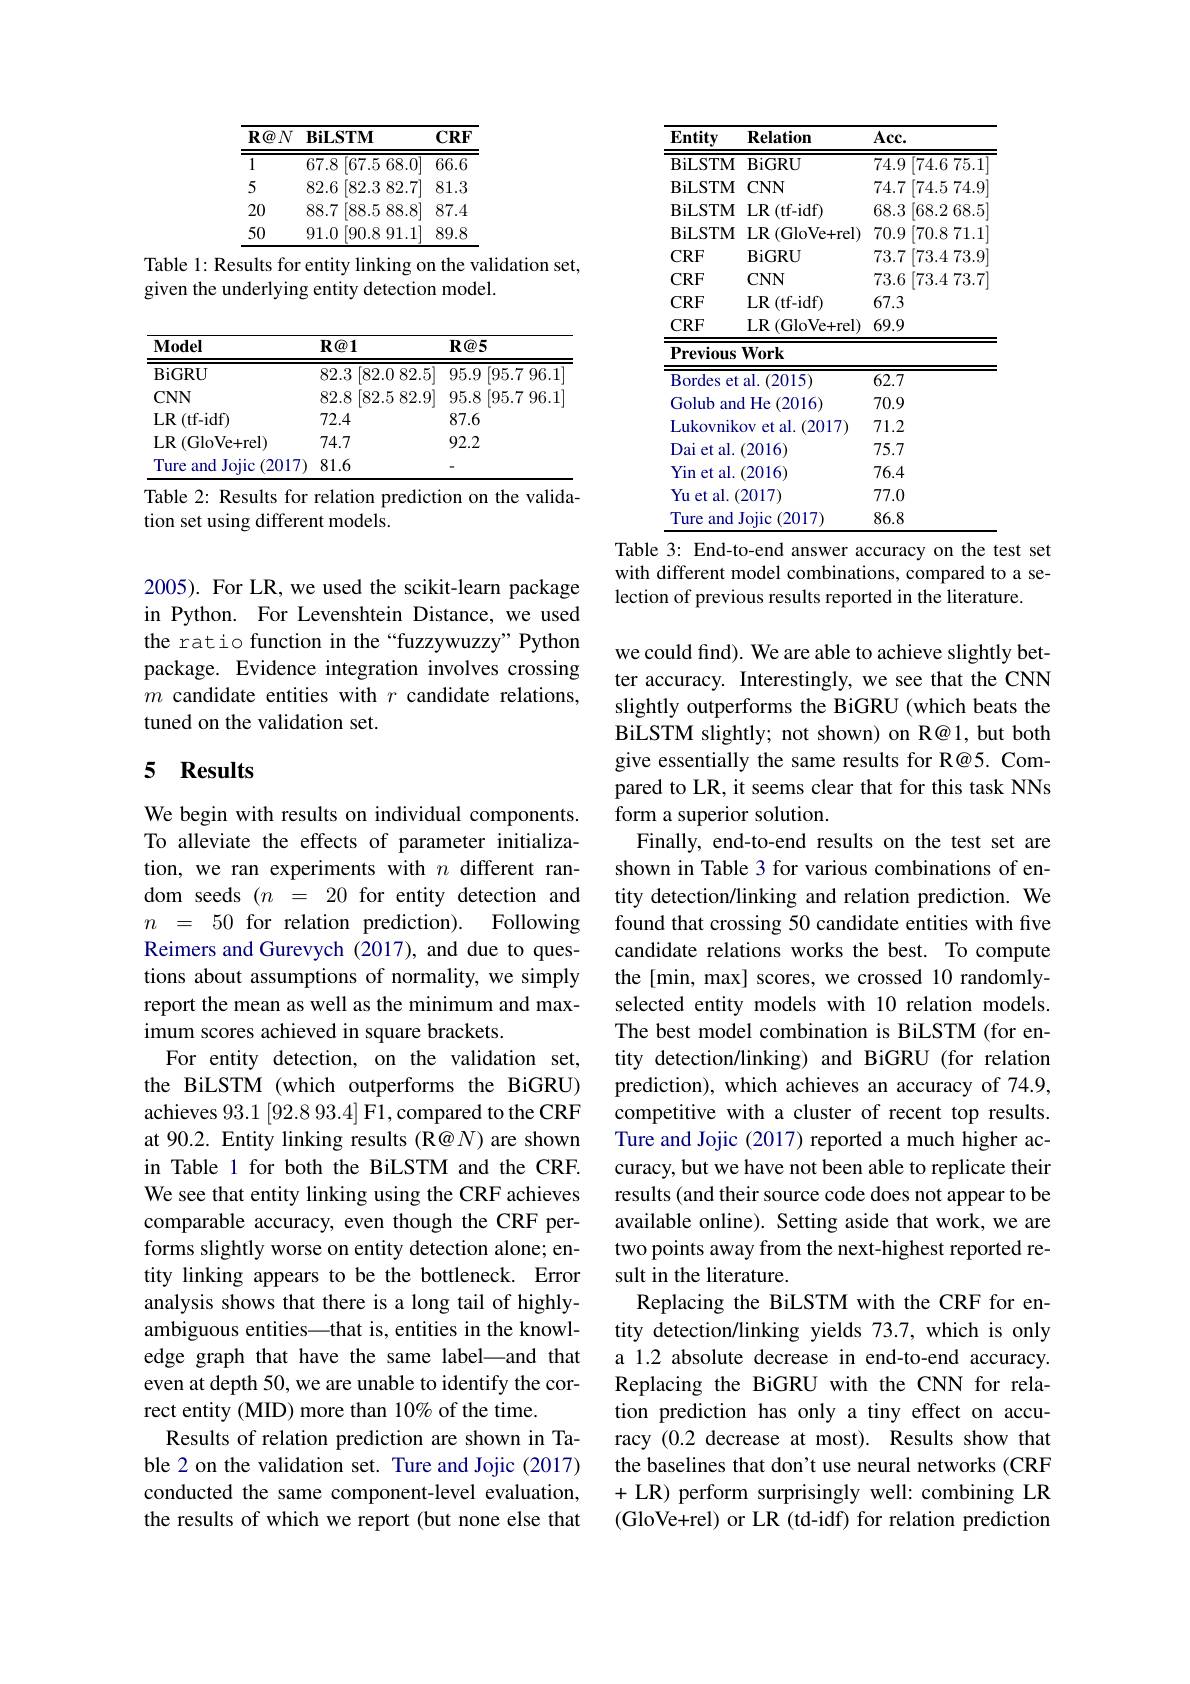
<table>
	<tbody>
		<tr>
			<th>$\mathbf{R} \textcircled {a}N$</th>
			<th>$\mathbf{BiLSTM}$</th>
			<th>$CRF$</th>
		</tr>
		<tr>
			<td>1</td>
			<td>67.8 [67.5 68.0</td>
			<td>66.6</td>
		</tr>
		<tr>
			<td>5</td>
			<td>[82.3 82.7] 82.6</td>
			<td>81.3</td>
		</tr>
		<tr>
			<td>20</td>
			<td>88.7 [88.5 88.8</td>
			<td>87.4</td>
		</tr>
		<tr>
			<td>50</td>
			<td>[90.8 91.1 91.0</td>
			<td>89.8</td>
		</tr>
	</tbody>
</table>

Table 1: Results for entity linking on the validation set,
given the underlying entity detection model.

<table>
	<tbody>
		<tr>
			<th>$\mathbf{Model}$</th>
			<th>$R@1$</th>
			<th>$R@5$</th>
		</tr>
		<tr>
			<td>$\operatorname{BiGRU}$</td>
			<td>82.3 [82.0 82.5]</td>
			<td>95.9 [95.7 96.1]</td>
		</tr>
		<tr>
			<td>$CNN$</td>
			<td>82.8 [82.5 82.9]</td>
			<td>95.8 [95.7 ! </td>
		</tr>
		<tr>
			<td>$LR$ (tf-idf) $\frac{1}{2}=\frac{1}{2}$ </td>
			<td></td>
			<td>87.6</td>
		</tr>
		<tr>
			<td>$\operatorname{LR}\left(\operatorname{GloVe+rel}\right)$</td>
			<td>74.7</td>
			<td>92.2</td>
		</tr>
		<tr>
			<td>Ture and 1 Jojic (2017</td>
			<td>81.6</td>
			<td> </td>
		</tr>
	</tbody>
</table>

Table 2: Results for relation prediction on the valida-
tion set using different models.

2005). For LR, we used the scikit-learn package in Python. For Levenshtein Distance, we used the ratio function in the“fuzzywuzzy”Python package. Evidence integration involves crossing $m$ candidate entities with $r$ candidate relations, tuned on the validation set.

### 5 $\mathbf{Results}$

We begin with results on individual components. To alleviate the effects of parameter initialization, we ran experiments with $n$ different random seeds $( n$ = 20 for entity detection and $n~=~50~$for relation prediction). Following Reimers and Gurevych (2017), and due to questions about assumptions of normality, we simply report the mean as well as the minimum and maximum scores achieved in square brackets.
For entity detection, on the validation set, the BiLSTM (which outperforms the BiGRU) achieves 93.1 [92.8 93.4] F1, compared to the CRF at 90.2. Entity linking results (R@N) are shown in Table 1 for both the BiLSTM and the CRF. We see that entity linking using the CRF achieves comparable accuracy, even though the CRF performs slightly worse on entity detection alone; entity linking appears to be the bottleneck. Error analysis shows that there is a long tail of highlyambiguous entities—that is, entities in the knowledge graph that have the same label—and that even at depth 50, we are unable to identify the correct entity (MID) more than 10% of the time.
Results of relation prediction are shown in Table 2 on the validation set. Ture and Jojic (2017) conducted the same component-level evaluation, the results of which we report (but none else that

<table>
	<tbody>
		<tr>
			<th>Entity</th>
			<th>$\mathbf{Relation}$</th>
			<th>$Acc.$</th>
		</tr>
		<tr>
			<td>BiLSTM</td>
			<td>$\operatorname{BiGRU}$</td>
			<td>74.9 [74.6 75.1</td>
		</tr>
		<tr>
			<td>BiLSTM</td>
			<td>$CNN$</td>
			<td>74.7 $\left|74.5\:74.9\right|$</td>
		</tr>
		<tr>
			<td>BiLSTM</td>
			<td>(tf-idf) $LR$</td>
			<td>68.3 [68.2 68.5]</td>
		</tr>
		<tr>
			<td>BiLSTM</td>
			<td>$LR$ 1 (GloVe+rel)</td>
			<td>70.9 [70.8 71.1</td>
		</tr>
		<tr>
			<td>$CRF$</td>
			<td>$\operatorname{BiGRU}$</td>
			<td>73.7 $\left|73.4\:73.9\right|$</td>
		</tr>
		<tr>
			<td>$CRF$</td>
			<td>$CNN$</td>
			<td>73.6 [73.4 73.7</td>
		</tr>
		<tr>
			<td>$CRF$</td>
			<td>$LR$ (tf-idf)</td>
			<td>67.3</td>
		</tr>
		<tr>
			<td>$CRF$</td>
			<td>$\operatorname{LR}\left(\operatorname{GloVe+rel}\right)$</td>
			<td>69.9</td>
		</tr>
		<tr>
			<td>$\mathbf{Previous}$</td>
			<td>Work</td>
			<td> </td>
		</tr>
		<tr>
			<td>Bordes et N </td>
			<td>al. (2015)</td>
			<td>62.7</td>
		</tr>
		<tr>
			<td>Golub an</td>
			<td>He (2016) 1</td>
			<td>70.9</td>
		</tr>
		<tr>
			<td>Lukovnik</td>
			<td>(2017) $0V$ et al.</td>
			<td>71.2</td>
		</tr>
		<tr>
			<td>Dai et al.</td>
			<td>(2016)</td>
			<td>75.7</td>
		</tr>
		<tr>
			<td>Yin let al.</td>
			<td>(2016)</td>
			<td>76.4</td>
		</tr>
		<tr>
			<td>Yu et al.</td>
			<td>2017)</td>
			<td>77.0</td>
		</tr>
		<tr>
			<td>Ture and</td>
			<td>Jojic 2017,</td>
			<td>86.8</td>
		</tr>
	</tbody>
</table>
Table 3: End-to-end answer accuracy on the test set

with different model combinations, compared to a se-
lection of previous results reported in the literature.

we could find). We are able to achieve slightly better accuracy. Interestingly, we see that the CNN slightly outperforms the BiGRU (which beats the BiLSTM slightly; not shown) on R@1, but both give essentially the same results for R@5. Compared to LR, it seems clear that for this task NNs form a superior solution.
Finally, end-to-end results on the test set are shown in Table 3 for various combinations of entity detection/linking and relation prediction. We found that crossing 50 candidate entities with five candidate relations works the best. To compute the[min, max] scores, we crossed 10 randomlyselected entity models with 10 relation models. The best model combination is BiLSTM (for entity detection/linking) and BiGRU (for relation prediction), which achieves an accuracy of 74.9, competitive with a cluster of recent top results. Ture and Jojic (2017) reported a much higher accuracy, but we have not been able to replicate their results (and their source code does not appear to be available online). Setting aside that work, we are two points away from the next-highest reported result in the literature.
Replacing the BiLSTM with the CRF for entity detection/linking yields 73.7,which is only a 1.2 absolute decrease in end-to-end accuracy. Replacing the BiGRU with the CNN for relation prediction has only a tiny effect on accuracy (0.2 decrease at most). Results show that the baselines that don't use neural networks (CRF +LR) perform surprisingly well: combining LR (GloVe+rel) or LR (td-idf) for relation prediction